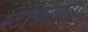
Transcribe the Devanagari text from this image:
स्टाफच्या